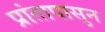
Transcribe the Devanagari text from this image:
प्रांतापासुन